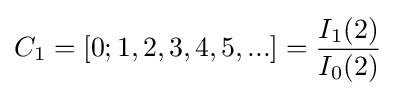
C_{1}=[0;1,2,3,4,5,...]={\frac {I_{1}(2)}{I_{0}(2)}}